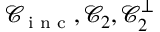
\mathcal { C } _ { \textnormal { \scriptsize i n c } } , \mathcal { C } _ { 2 } , \mathcal { C } _ { 2 } ^ { \perp }